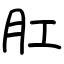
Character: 肛